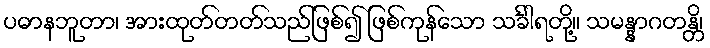
ပဓာနဘူတာ၊ အားထုတ်တတ်သည်ဖြစ်၍ ဖြစ်ကုန်သော သင်္ခါရတို့။ သမန္နာဂတန္တိ၊